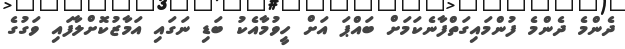
ދެންމެ ދެންމެ ފުންމައިގަތްފާނެކަމަށް ބައްޕަ އަށް ހީވުމާއެކު ބަޑި ނަގައި އަމާޒުކޮށްލާފައި ވަގުގެ